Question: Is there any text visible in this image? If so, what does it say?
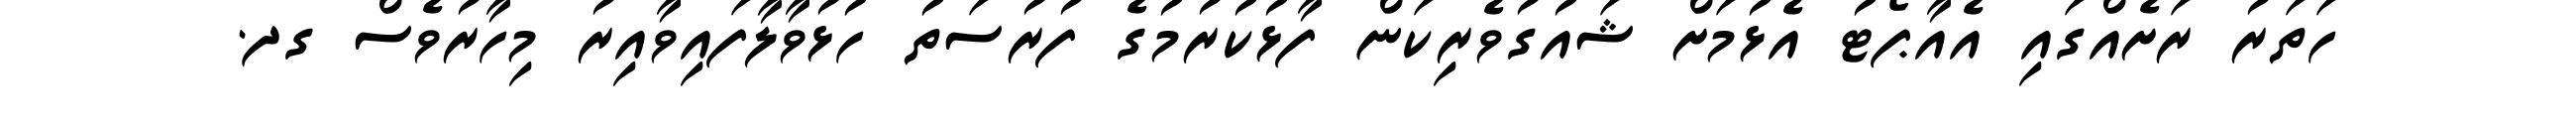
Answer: ހަތަރު ރަށެއްގައި އެއާޕޯޓު އެޅުމަށް ޝައުގުވެރިކަން ފާޅުކުރުމުގެ ފުރުސަތު ހުޅުވާލާފައިވާއިރު މިހާރުވެސް ގދ.